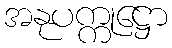
အနုပက္ကုဋ္ဌော